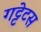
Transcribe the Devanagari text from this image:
गट्टेटस